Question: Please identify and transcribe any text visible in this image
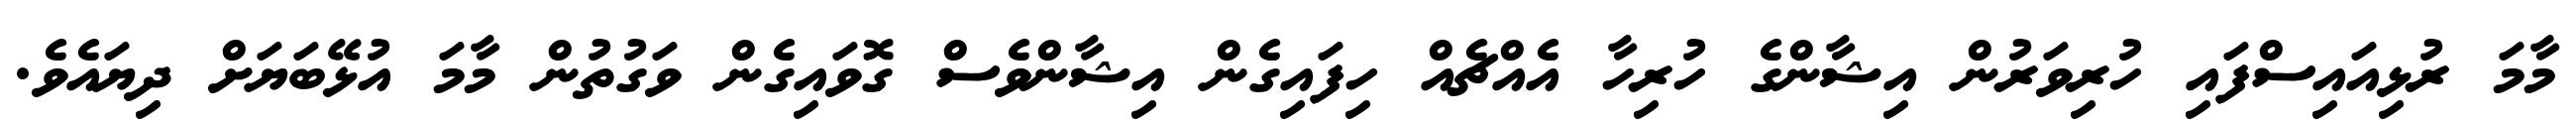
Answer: މާމަ ރުޅިއައިސްފައި ހުރިވަރުން އިޝާންގެ ހުރިހާ އެއްޗެއް ހިފައިގެން އިޝާންވެސް ގޮވައިގެން ވަގުތުން މާމަ އުޅޭބަޔަށް ދިޔައެވެ.